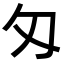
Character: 匁